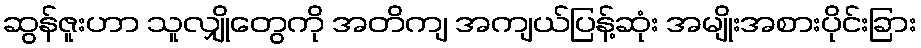
ဆွန်ဇူးဟာ သူလျှိုတွေကို အတိကျ အကျယ်ပြန့်ဆုံး အမျိုးအစားပိုင်းခြား